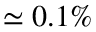
\simeq 0 . 1 \%